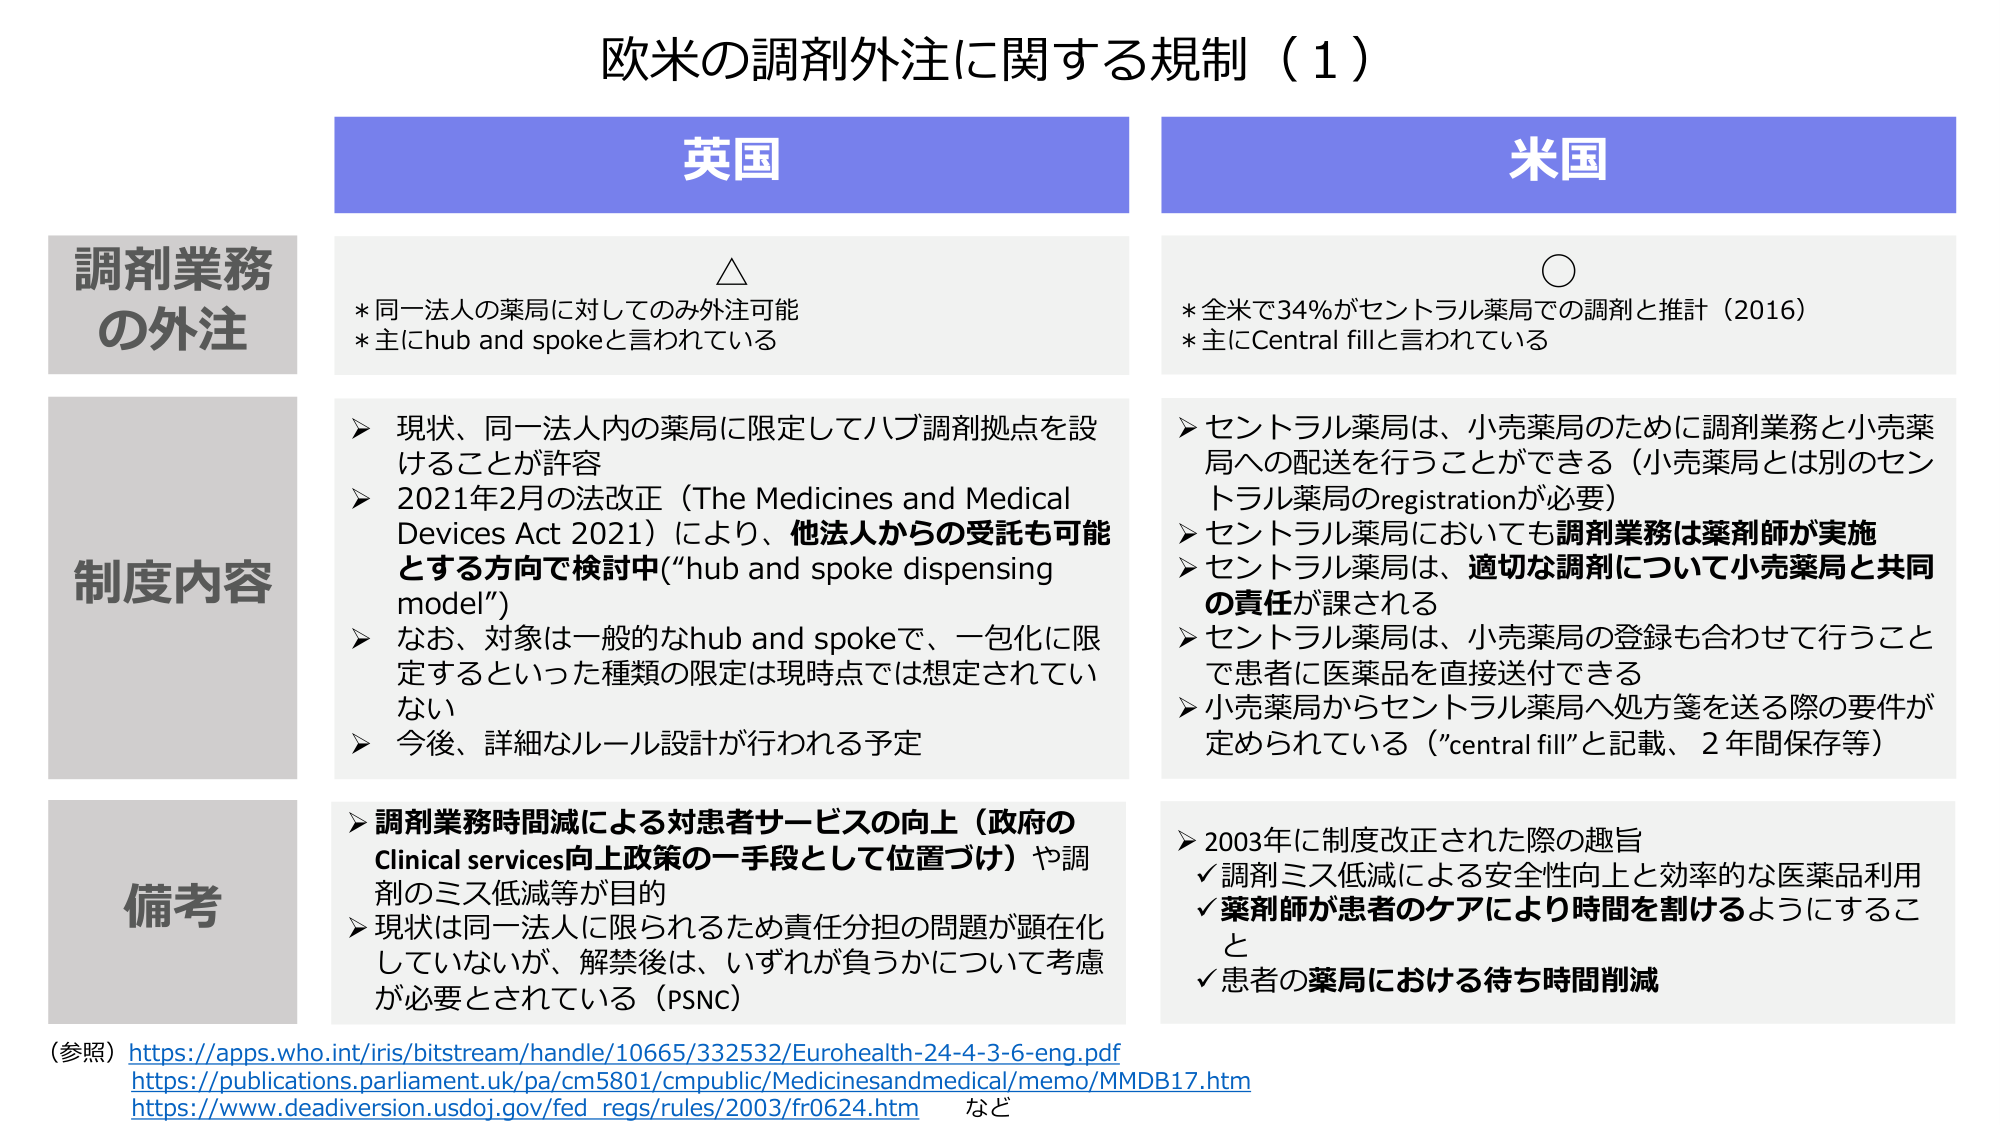
欧米の調剤外注に関する規制（1）

英国
△
* 同一法人の薬局に対してのみ外注可能
* 主にhub and spokeと言われている

米国
○
* 全米で34%がセントラル薬局での調剤と推計（2016）
* 主にCentral fillと言われている

調剤業務
の外注

制度内容
▶ 現状、同一法人内の薬局に限定してハブ調剤拠点を設けることが許容
▶ 2021年2月の法改正（The Medicines and Medical Devices Act 2021）により、他法人からの受託も可能とする方向で検討中（“hub and spoke dispensing model”）
▶ なお、対象は一般的なhub and spokeで、一包化に限定するといった種類の限定は現時点では想定されていない
▶ 今後、詳細なルール設計が行われる予定

▶ セントラル薬局は、小売薬局のために調剤業務と小売薬局への配送を行うことができる（小売薬局とは別のセントラル薬局のregistrationが必要）
▶ セントラル薬局においても調剤業務は薬剤師が実施
▶ セントラル薬局は、適切な調剤について小売薬局と共同の責任が課される
▶ セントラル薬局は、小売薬局の登録も合わせて行うことで患者に医薬品を直接送付できる
▶ 小売薬局からセントラル薬局へ処方箋を送る際の要件が定められている（“central fill”と記載、2年間保存等）

備考
▶ 調剤業務時間減による対患者サービスの向上（政府のClinical services向上政策の一手段として位置づけ）や調剤のミス低減等が目的
▶ 現状は同一法人に限られるため責任分担の問題が顕在化していないが、解禁後は、いずれが負うかについて考慮が必要とされている（PSNC）

▶ 2003年に制度改正された際の趣旨
✓ 調剤ミス低減による安全性向上と効率的な医薬品利用
✓ 薬剤師が患者のケアにより時間を割けるようにすること
✓ 患者の薬局における待ち時間削減

（参照）https://apps.who.int/iris/bitstream/handle/10665/332532/Eurohealth-24-4-3-6-eng.pdf
https://publications.parliament.uk/pa/cm5801/cmpublic/Medicinesandmedical/memo/MMDB17.htm
https://www.deadiversion.usdoj.gov/fed_regs/rules/2003/fr0624.htm など